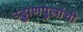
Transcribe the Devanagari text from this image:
उड्डाणपुलांची